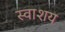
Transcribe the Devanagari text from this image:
स्वाशय